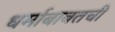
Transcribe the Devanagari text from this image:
धर्माबाबतची